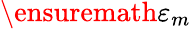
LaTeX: \ensuremath{\varepsilon}_{m}